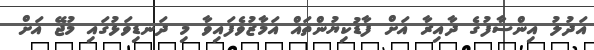
އަދުލު އިންސާފުގެ ދާއިރާ އަށް ފާޑުކިޔުންތައް އަމާޒުވެފައިވާ މި ދަނޑިވަޅުގައި މުޖޭ އަށް